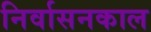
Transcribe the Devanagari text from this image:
निर्वासनकाल